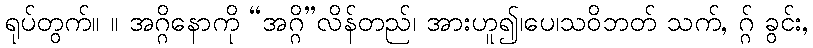
ရုပ်တွက်။ ။ အဂ္ဂိနောကို “အဂ္ဂိ”လိန်တည်၊ အားဟူ၍၊ပေ၊သဝိဘတ် သက်, ဂ္ဂ် ခွင်း,